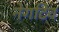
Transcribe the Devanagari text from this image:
नेगटिव